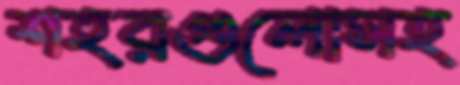
শহরগুলোসহ